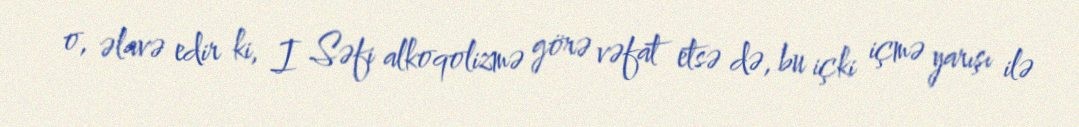
o, əlavə edir ki, I Səfi alkoqolizmə görə vəfat etsə də, bu içki içmə yarışı ilə